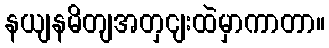
နယျနမိတျအတှငျးထဲမှာကာတာ။